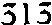
313